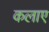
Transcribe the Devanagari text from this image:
कलाए